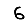
Digit: 6